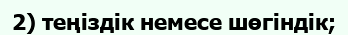
2) теңіздік немесе шөгіндік;